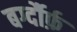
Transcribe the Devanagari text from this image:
बर्ग्दौर्फ़